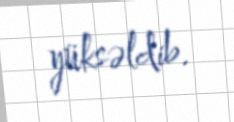
yüksəldib.